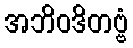
အဘိဝဒိတဗ္ဗံ